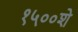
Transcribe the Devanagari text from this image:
१५००शे